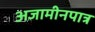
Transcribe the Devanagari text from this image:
अजामीनपात्र